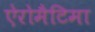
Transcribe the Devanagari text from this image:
ऐरोमैटिमा